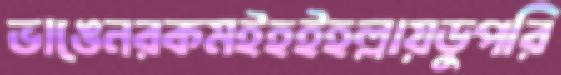
ভাঙেনরকমইহইহল্লায়ডুপরি